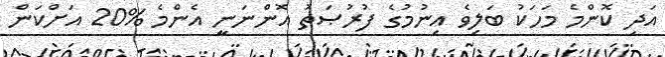
އަދި ކޮންމެ މަހަކު ބަލިވެ އިނުމުގެ ފުރުޞަތު އޮންނަނީ އެންމެ %20 އަށްކަން